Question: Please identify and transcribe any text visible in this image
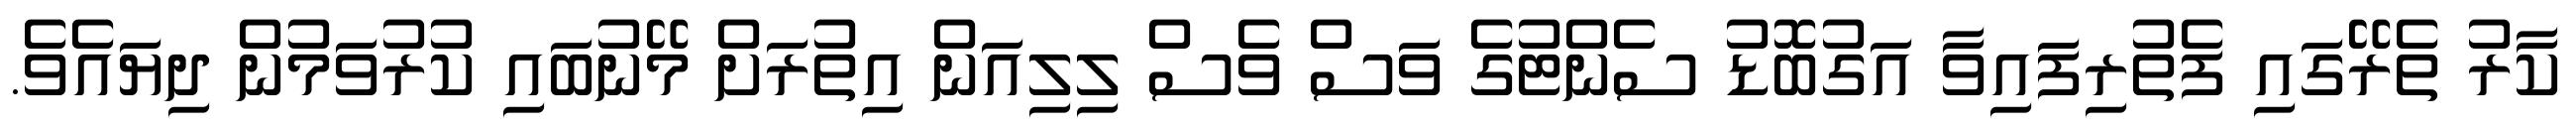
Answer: ކާރު ތެރޭގައި ފެތުރިފައިވާ އަގުބޮޑު ސެންޓުގެ ވަސް ވެސް ލިލިއަން އިތުރަށް މޭނުބައި ކުރުވަމުން ދިޔައެވެ.